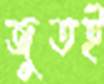
জুতই